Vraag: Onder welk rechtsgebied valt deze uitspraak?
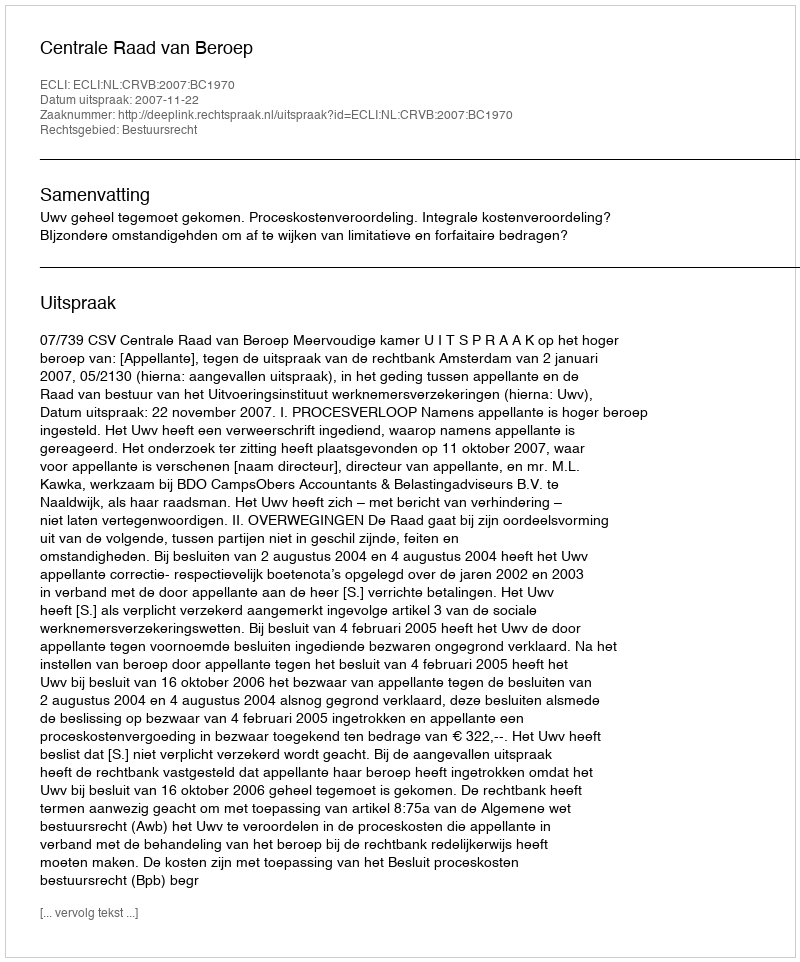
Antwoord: Bestuursrecht